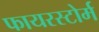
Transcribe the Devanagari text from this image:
फायरस्टोर्म